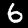
Label: 6